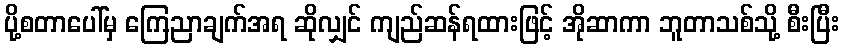
ပို့စတာပေါ်မှ ကြေညာချက်အရ ဆိုလျှင် ကျည်ဆန်ရထားဖြင့် အိုဆာကာ ဘူတာသစ်သို့ စီးပြီး